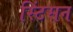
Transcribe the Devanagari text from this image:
स्टिंसन